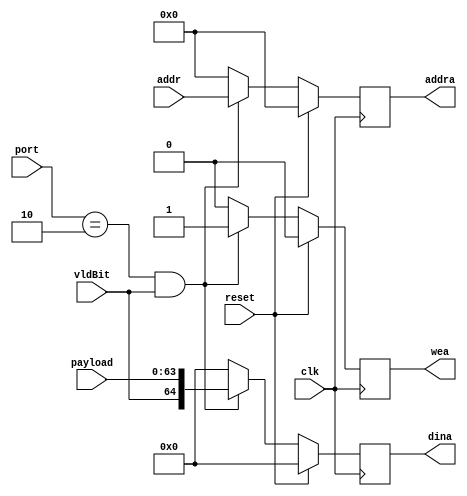
/** port == 2,3,4
*   bft to bram_in_2,bram_in_3,bram_in_4
*/

module write_b_in#(
    parameter NUM_PORT_BITS = 4,
    parameter PAYLOAD_BITS = 64,
    parameter NUM_ADDR_BITS = 7,
    parameter PORT_No = 2
    )(
    output reg wea,
    output reg [NUM_ADDR_BITS-1:0] addra,
    output reg [PAYLOAD_BITS:0] dina,
    input clk,
    input reset,
    input [NUM_PORT_BITS-1:0] port,
    input [NUM_ADDR_BITS-1:0] addr,
    input vldBit,
    input [PAYLOAD_BITS-1:0] payload);
    
    always@(posedge clk) begin
        if(reset) begin
            wea <= 0;
            addra <= 0;
            dina <= 0;
        end
        else begin
            if(port==PORT_No && vldBit) begin // need to be changed!
                wea <= 1;
                addra <= addr;
                dina <= {vldBit,payload};        
            end
            else begin
                wea <= 0;
                addra <= 0; // random
                dina <= 0; // random
            end
        end
    end
    
endmodule